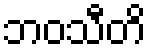
ဘဝသီတိ